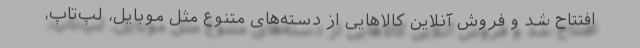
افتتاح شد و فروش آنلاین کالاهایی از دسته‌های متنوع مثل موبایل، لپ‌تاپ،